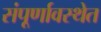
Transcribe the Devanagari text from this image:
संपूर्णावस्थेत